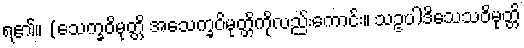
ရ၏။ (သေက္ခဝိမုတ္တိ အသေက္ခဝိမုတ္တိကိုလည်းကောင်း။ သဥပါဒိသေသဝိမုတ္တိ